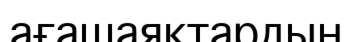
ағашаяқтардың